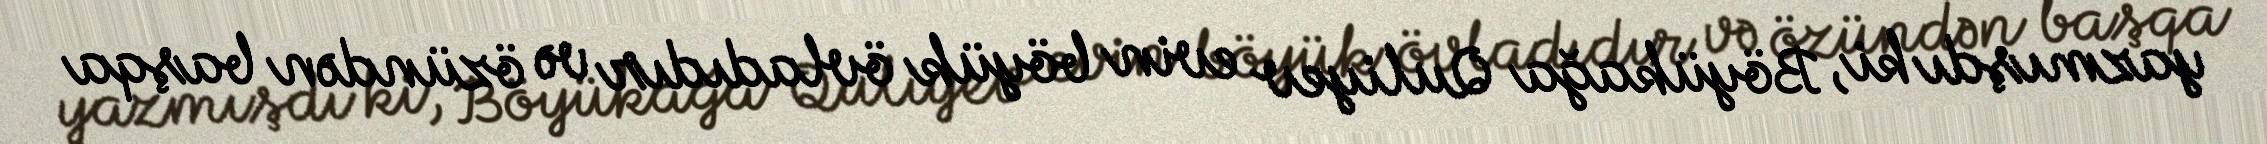
yazmışdı ki, Böyükağa Quliyev evin böyük övladıdır və özündən başqa